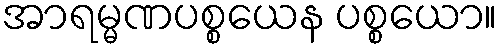
အာရမ္မဏပစ္စယေန ပစ္စယော။